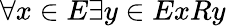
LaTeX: \forall x\in E\exists y\in ExRy